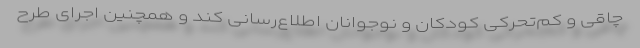
چاقی و کم‌تحرکی کودکان و نوجوانان اطلاع‌رسانی کند و همچنین اجرای طرح